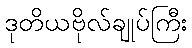
ဒုတိယဗိုလ်ချုပ်ကြီး